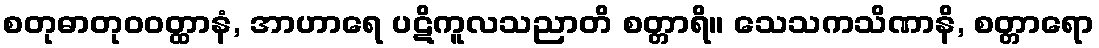
စတုဓာတုဝဝတ္ထာနံ, အာဟာရေ ပဋိကူလသညာတိ စတ္တာရိ။ သေသကသိဏာနိ, စတ္တာရော